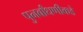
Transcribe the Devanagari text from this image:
पुनर्बांधणीकडे